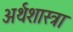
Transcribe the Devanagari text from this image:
अर्थशास्त्रा